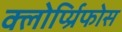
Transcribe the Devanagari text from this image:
क्लोर्प्य्रिफोस